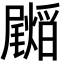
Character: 𭕺